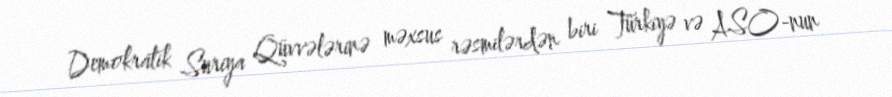
Demokratik Suriya Qüvvələrinə məxsus rəsmilərdən biri Türkiyə və ASO-nun